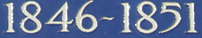
1846~1851